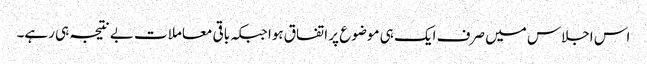
اس اجلاس میں صرف ایک ہی موضوع پر اتفاق ہوا جبکہ باقی معاملات بے نتیجہ ہی رہے۔